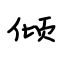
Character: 倾